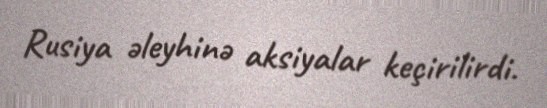
Rusiya əleyhinə aksiyalar keçirilirdi.